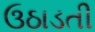
ઉઠાડતી